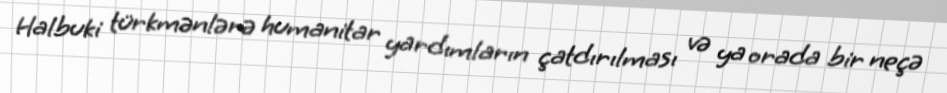
Halbuki türkmənlərə humanitar yardımların çatdırılması və ya orada bir neçə